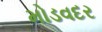
મોડવદર